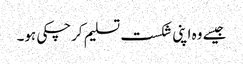
جیسے وہ اپنی شکست تسلیم کرچکی ہو۔